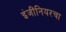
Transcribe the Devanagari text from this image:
इंजींनियरचा